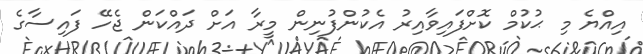
އިއްޔެ މި ޙުކުމް ކޮށްފައިވާއިރު އެކުންފުނިން މީރާ އަށް ދައްކަން ޖެހޭ ފައިސާގެ